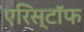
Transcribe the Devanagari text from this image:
एरिस्टॉफ